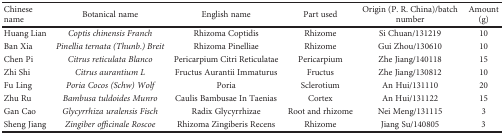
| Chinese name | Botanical name | English name | Part used | Origin (P. R. China)/batch number | Amount (g) |
 | --- | --- | --- | --- | --- | --- |
 | Huang Lian | Coptis chinensis Franch | Rhizoma Coptidis | Rhizome | Si Chuan/131219 | 10 |
 | Ban Xia | Pinellia ternata (Thunb.) Breit | Rhizoma Pinelliae | Rhizome | Gui Zhou/130610 | 10 |
 | Chen Pi | Citrus reticulata Blanco | Pericarpium Citri Reticulatae | Pericarpium | Zhe Jiang/140118 | 15 |
 | Zhi Shi | Citrus aurantium L | Fructus Aurantii Immaturus | Fructus | Zhe Jiang/130812 | 10 |
 | Fu Ling | Poria Cocos (Schw) Wolf | Poria | Sclerotium | An Hui/131110 | 20 |
 | Zhu Ru | Bambusa tuldoides Munro | Caulis Bambusae In Taenias | Cortex | An Hui/131122 | 15 |
 | Gan Cao | Glycyrrhiza uralensis Fisch | Radix Glycyrrhizae | Root and rhizome | Nei Meng/131115 | 3 |
 | Sheng Jiang | Zingiber officinale Roscoe | Rhizoma Zingiberis Recens | Rhizome | Jiang Su/140805 | 3 |